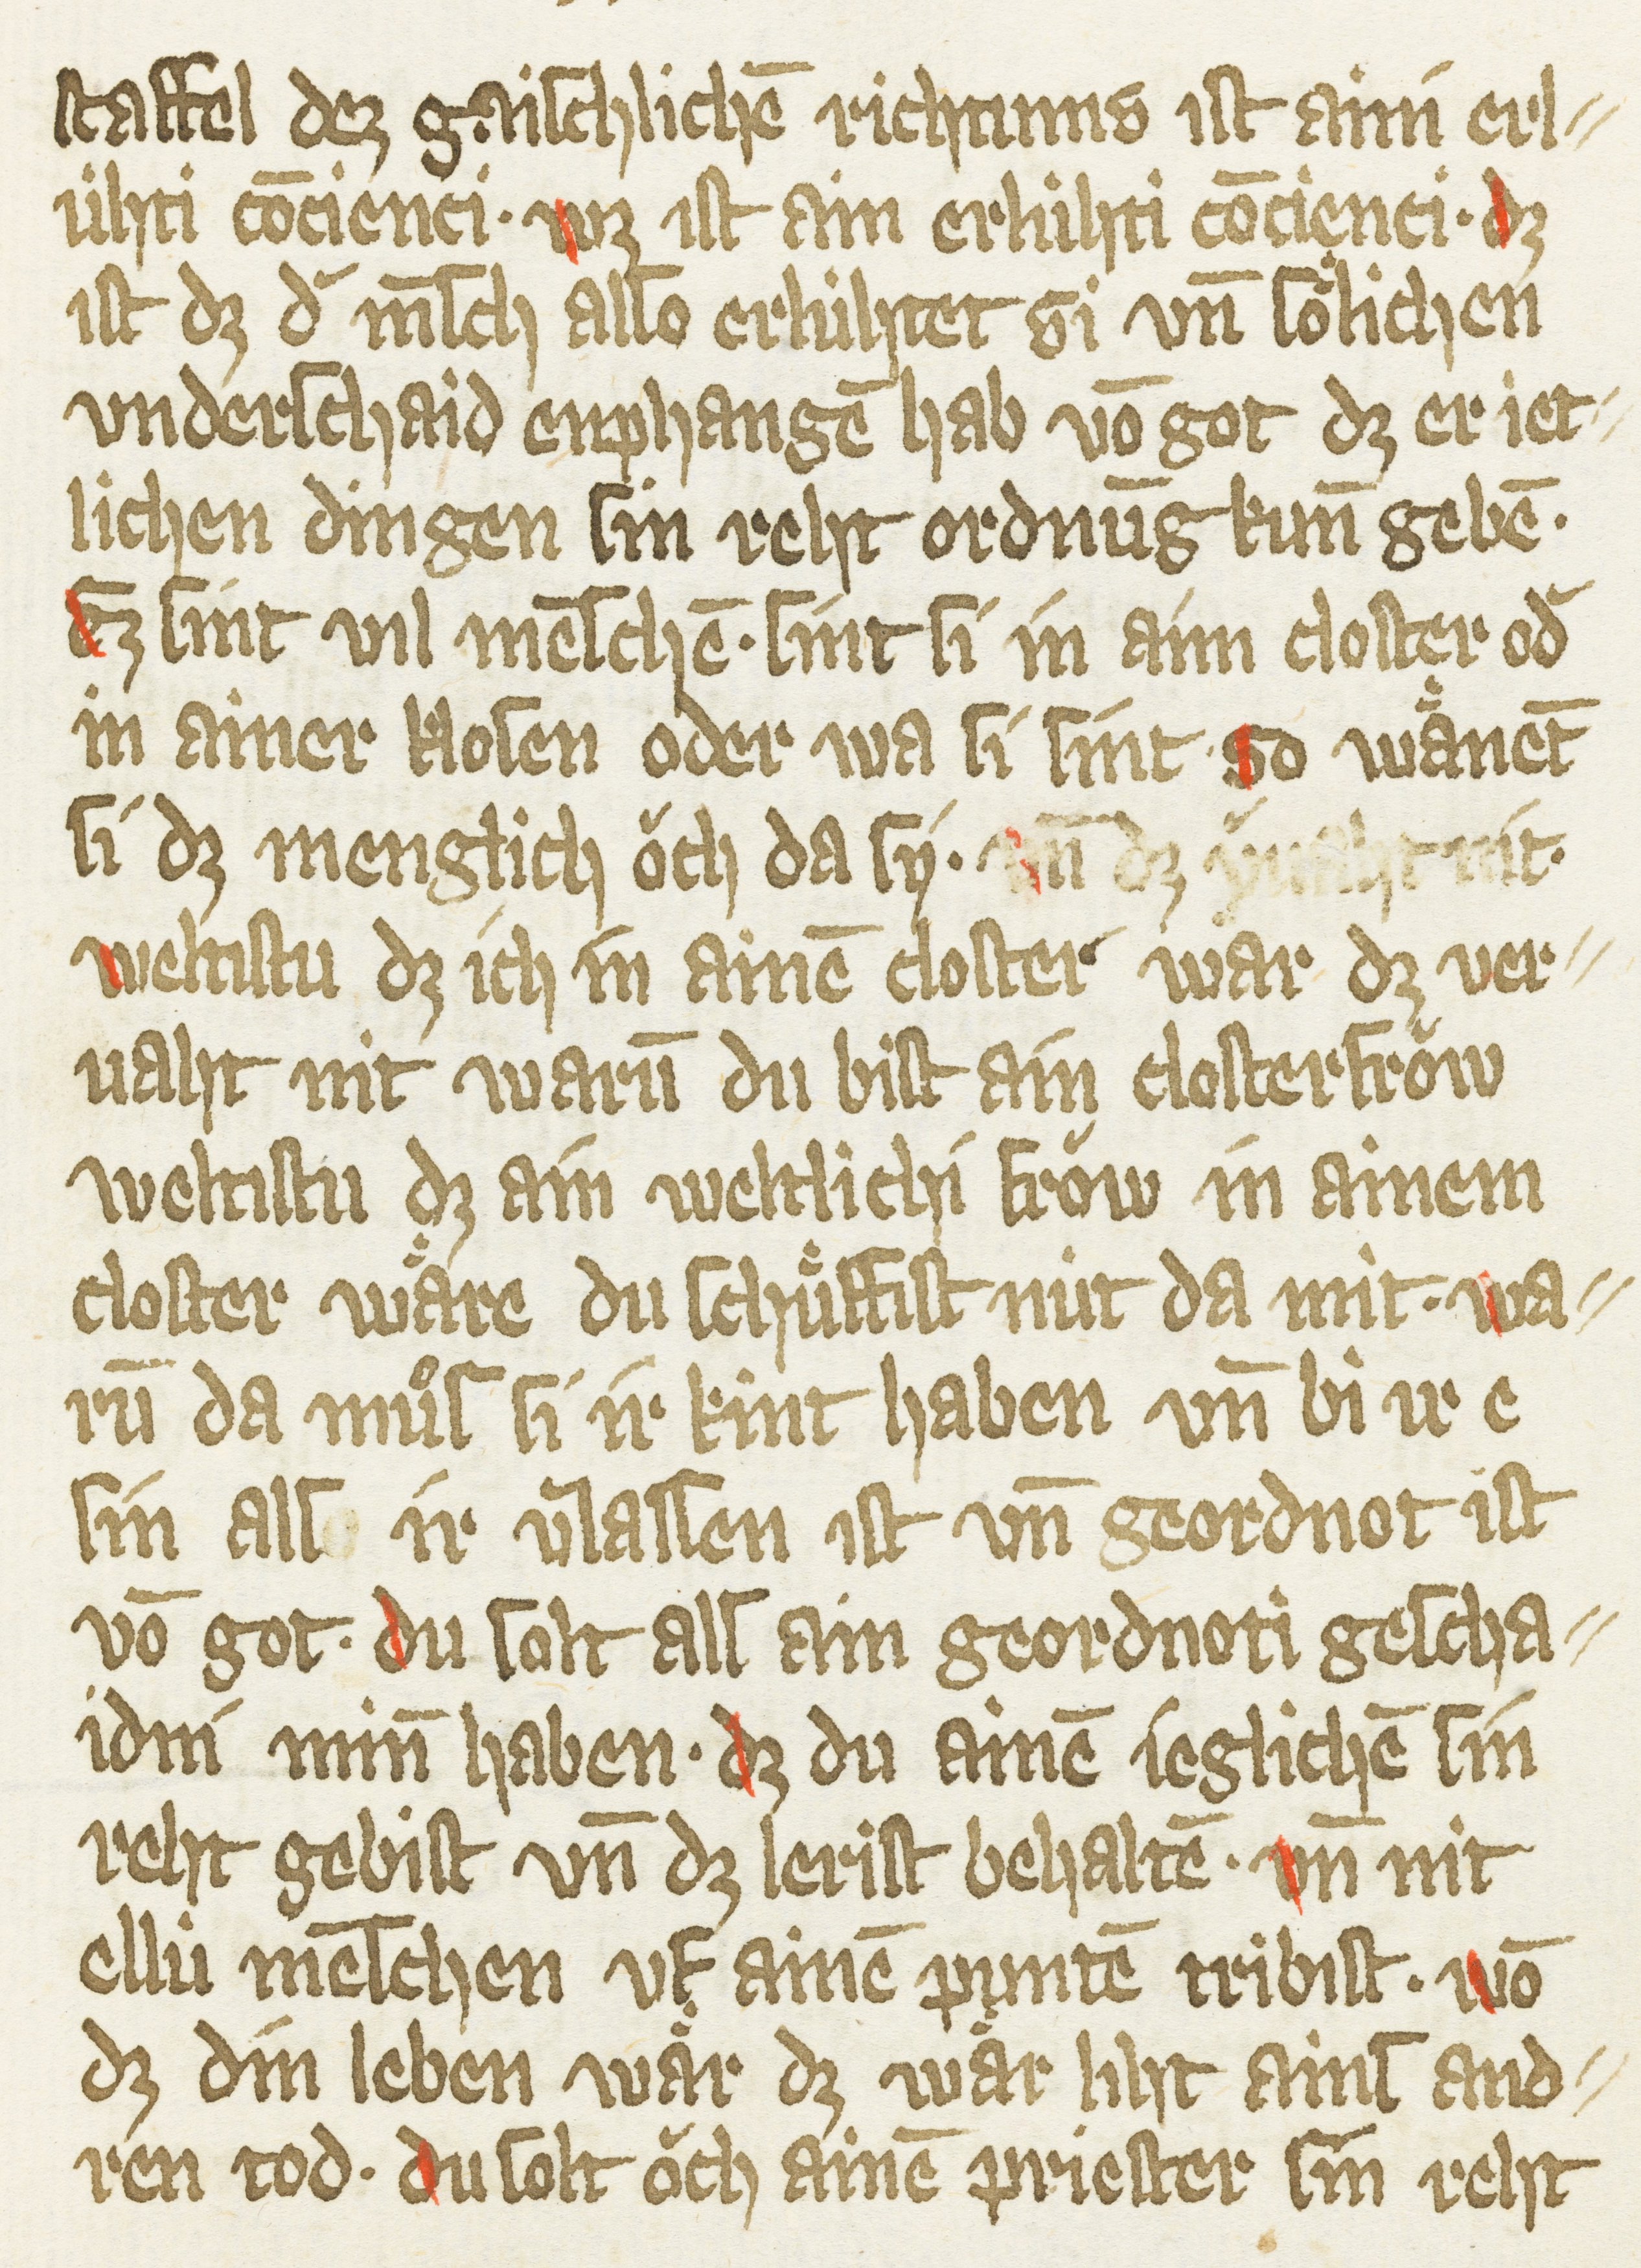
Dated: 1385–1415